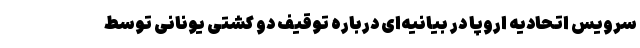
سرویس اتحادیه اروپا در بیانیه‌ای درباره توقیف دو کشتی یونانی توسط